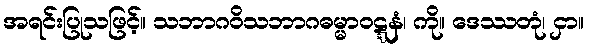
အရင်းပြုသဖြင့်။ သဘာဂဝိသဘာဂဓမ္မာဝဋ္ဋနံ၊ ကို။ ဒေဿတုံ၊ ငှာ။